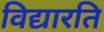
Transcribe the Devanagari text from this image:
विद्यारति